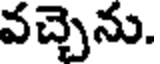
వచ్చెను.